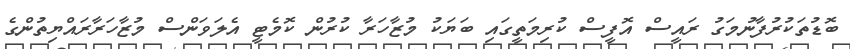
ބޮޑުތަކުރުފާނުމަގު ރައީސް އޮފީސް ކުރިމަތީގައި ބަޔަކު މުޒާހަރާ ކުރުން ކޮމެޓީ އެލަވަންސް މުޒާހަރާރައްޔިތުންގެ